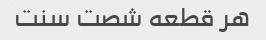
هر قطعه شصت سنت